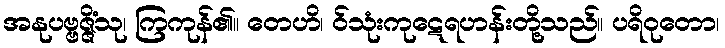
အနုပဗ္ဗဇ္ဇိံသု၊ ကြကုန်၏။ တေဟိ၊ ဝ်သုံးကုဋေရဟန်းတို့သည်။ ပရိဝုတော၊